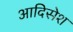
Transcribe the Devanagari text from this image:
आदिसेश